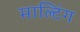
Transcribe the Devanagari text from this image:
माल्टिंग